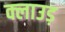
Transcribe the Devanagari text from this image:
क्लाउड़